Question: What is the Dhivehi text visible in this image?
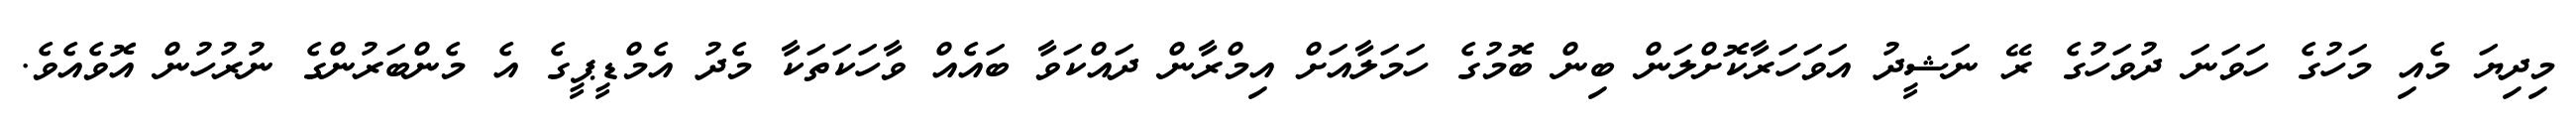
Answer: މިދިޔަ މެއި މަހުގެ ހަވަނަ ދުވަހުގެ ރޭ ނަޝީދު އަވަހަރާކޮށްލަން ބިން ބޮމުގެ ހަމަލާއަށް އިމްރާން ދައްކަވާ ބައެއް ވާހަކަތަކާ މެދު އެމްޑީޕީގެ އެ މެންބަރުންގެ ނުރުހުން އޮވެއެވެ.